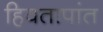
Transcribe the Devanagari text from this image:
हिवतापांत